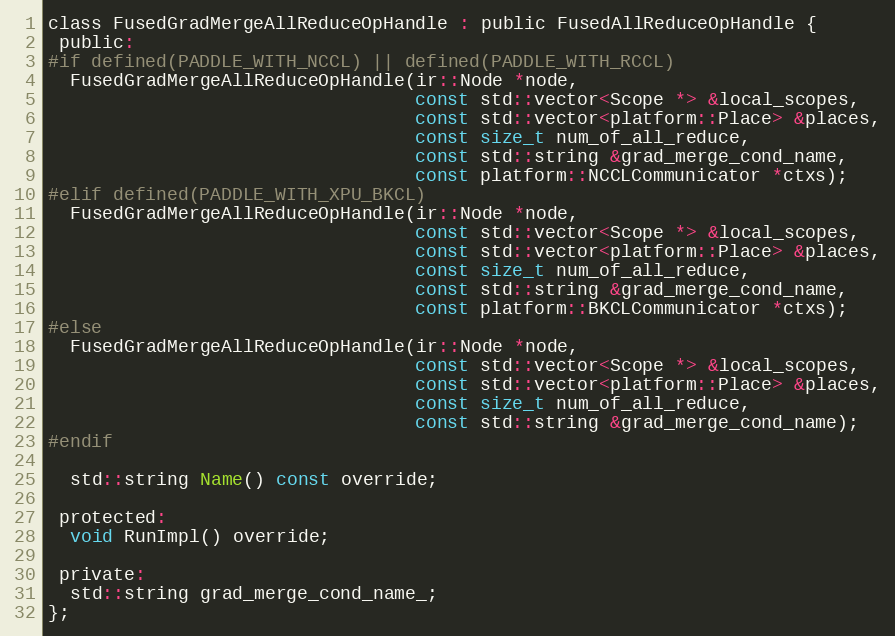
Language: C
class FusedGradMergeAllReduceOpHandle : public FusedAllReduceOpHandle {
 public:
#if defined(PADDLE_WITH_NCCL) || defined(PADDLE_WITH_RCCL)
  FusedGradMergeAllReduceOpHandle(ir::Node *node,
                                  const std::vector<Scope *> &local_scopes,
                                  const std::vector<platform::Place> &places,
                                  const size_t num_of_all_reduce,
                                  const std::string &grad_merge_cond_name,
                                  const platform::NCCLCommunicator *ctxs);
#elif defined(PADDLE_WITH_XPU_BKCL)
  FusedGradMergeAllReduceOpHandle(ir::Node *node,
                                  const std::vector<Scope *> &local_scopes,
                                  const std::vector<platform::Place> &places,
                                  const size_t num_of_all_reduce,
                                  const std::string &grad_merge_cond_name,
                                  const platform::BKCLCommunicator *ctxs);
#else
  FusedGradMergeAllReduceOpHandle(ir::Node *node,
                                  const std::vector<Scope *> &local_scopes,
                                  const std::vector<platform::Place> &places,
                                  const size_t num_of_all_reduce,
                                  const std::string &grad_merge_cond_name);
#endif

  std::string Name() const override;

 protected:
  void RunImpl() override;

 private:
  std::string grad_merge_cond_name_;
};